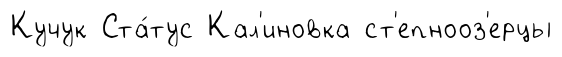
Кучук Ста́тус Кал'иновка ст'епнооз'ерцы